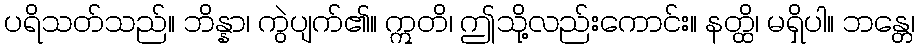
ပရိသတ်သည်။ ဘိန္နာ၊ ကွဲပျက်၏။ ဣတိ၊ ဤသို့လည်းကောင်း။ နတ္ထိ၊ မရှိပါ။ ဘန္တေ၊